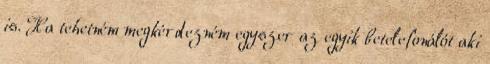
is. Ha tehetném megkérdezném egyszer az egyik betelefonálót aki